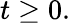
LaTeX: t\geq 0.